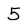
Character: 5